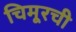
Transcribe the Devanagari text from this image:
चिमूरची